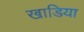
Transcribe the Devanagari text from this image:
खाडिया